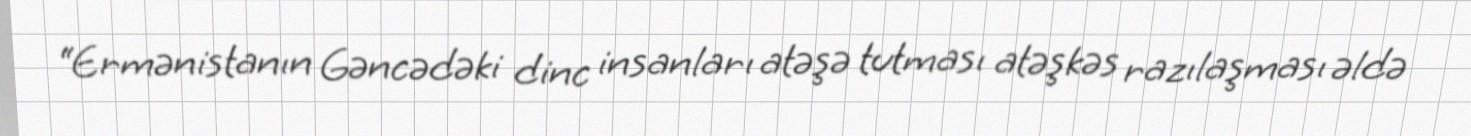
“Ermənistanın Gəncədəki dinc insanları atəşə tutması atəşkəs razılaşması əldə